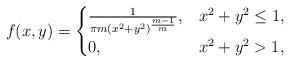
LaTeX: \begin{align*} f(x,y)=\begin{cases}\frac1{\pi m(x^2+y^2)^{\frac{m-1}{m}}},&x^2+y^2\le1,\\0, &x^2+y^2>1,\end{cases}\end{align*}